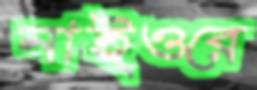
নাইওরে